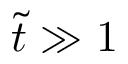
\tilde { t } \gg 1